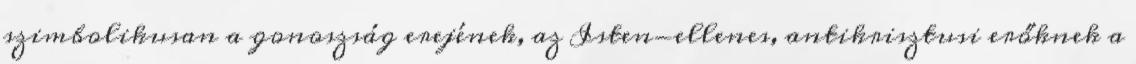
szimbolikusan a gonoszság erejének, az Isten-ellenes, antikrisztusi erőknek a